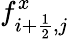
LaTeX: f_{i+\frac{1}{2},j}^{x}